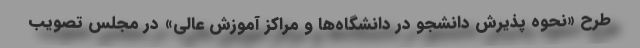
طرح «نحوه پذیرش دانشجو در دانشگاه‌ها و مراکز آموزش عالی» در مجلس تصویب